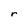
Character: r